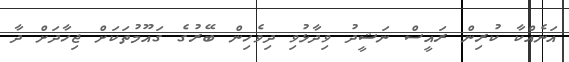
އަނެއްކާ ކުރިން ރައީސް ނަޝީދު ވިދާޅުވި ދިވެހިން ބޭރުގެ ގައޫމުތަކަށް ޖިހާދަށް ދާ